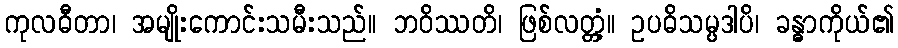
ကုလဓီတာ၊ အမျိုးကောင်းသမီးသည်။ ဘဝိဿတိ၊ ဖြစ်လတ္တံ့။ ဥပဓိသမ္ပဒါပိ၊ ခန္ဓာကိုယ်၏